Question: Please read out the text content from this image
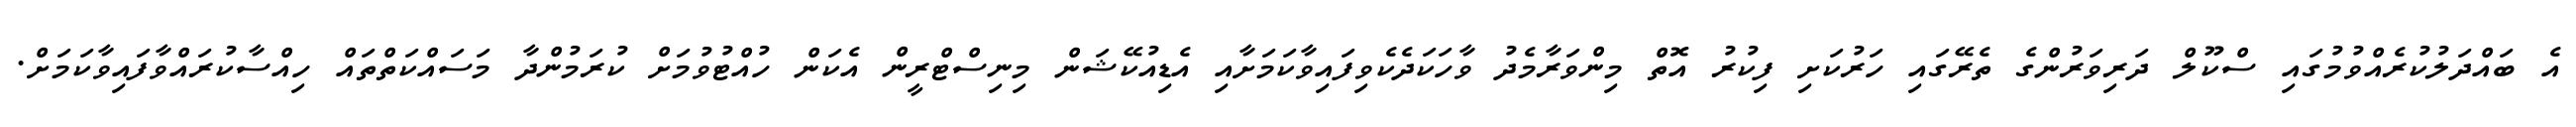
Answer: އެ ބައްދަލުކުރެއްވުމުގައި ސްކޫލް ދަރިވަރުންގެ ތެރޭގައި ހަރުކަށި ފިކުރު އޮތް މިންވަރާމެދު ވާހަކަދެކެވިފައިވާކަމަށާއި އެޑިއުކޭޝަން މިނިސްޓްރީން އެކަން ހުއްޓުވުމަށް ކުރަމުންދާ މަސައްކަތްތައް ހިއްސާކުރައްވާފައިވާކަމަށް.